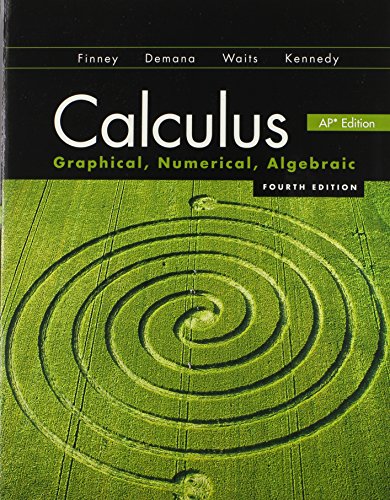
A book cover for Calculus: Graphical, Numerical, Algebraic; Ross L. Finney; Teen & Young Adult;